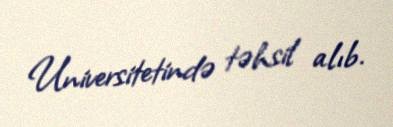
Universitetində təhsil alıb.